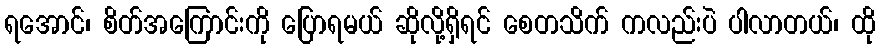
ရအောင်၊ စိတ်အကြောင်းကို ပြောရမယ် ဆိုလို့ရှိရင် စေတသိက် ကလည်းပဲ ပါလာတယ်၊ ထို